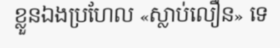
ខ្លួនឯងប្រហែល «ស្លាប់លឿន» ទេ